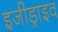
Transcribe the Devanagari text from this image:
इजीड्राइव